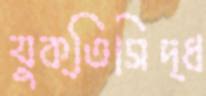
যুক্তিসিদ্ধ